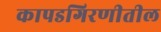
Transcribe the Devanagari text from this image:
कापडगिरणीतील